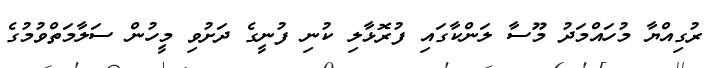
ރުގިއްޔާ މުހައްމަދު މޫސާ ލަންކާގައި ފުރޮޅާލި ކުނި ފުނީގެ ދަށުވި މީހުން ސަލާމަތްވުމުގެ